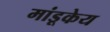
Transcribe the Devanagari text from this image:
मांडूकेय